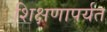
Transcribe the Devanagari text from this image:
शिक्षणापर्यत